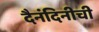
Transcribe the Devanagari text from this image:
दैनंदिनीची